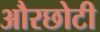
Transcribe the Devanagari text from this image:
औरछोटी